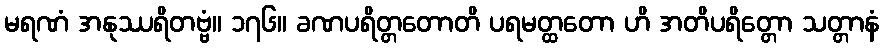
မရဏံ အနုဿရိတဗ္ဗံ။ ၁၇၆။ ခဏပရိတ္တတောတိ ပရမတ္ထတော ဟိ အတိပရိတ္တော သတ္တာနံ